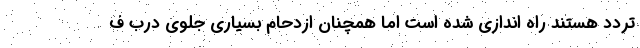
تردد هستند راه اندازی شده است اما همچنان ازدحام بسیاری جلوی درب ف